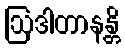
ဩဒါတာနန္တိ